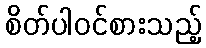
စိတ်ပါဝင်စားသည့်